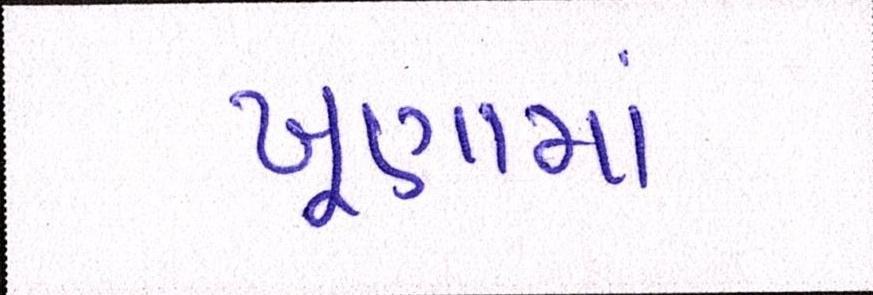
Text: ખૂણામાં